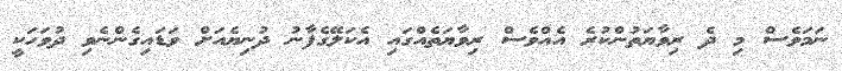
ނަމަވެސް މި ދެ ރިވާޔަތުންކުރެ އެއްވެސް ރިވާޔަތެއްގައި އެކަލޭގެފާނު ދުނިޔެއަށް ވަޑައިގެންނެވި ދުވަހަކީ